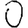
Digit: 0